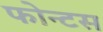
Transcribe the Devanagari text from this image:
फोन्टस